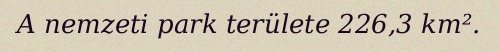
A nemzeti park területe 226,3 km².